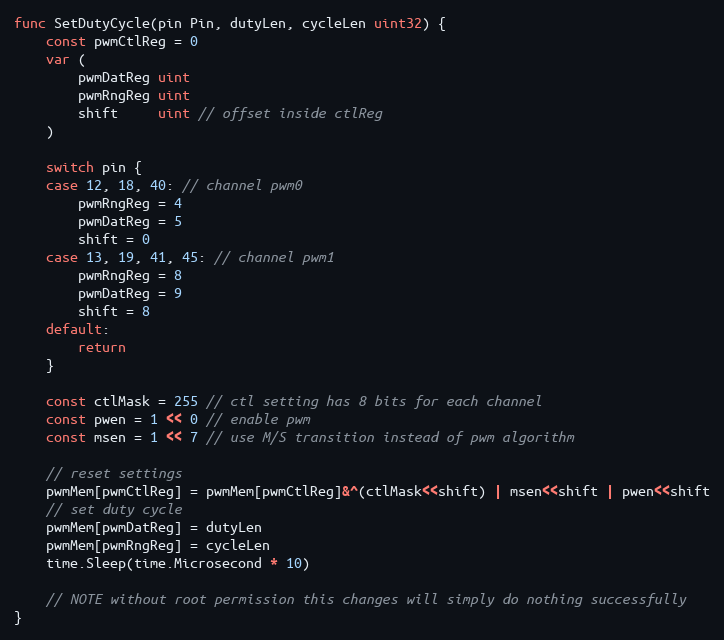
Language: Go
func SetDutyCycle(pin Pin, dutyLen, cycleLen uint32) {
	const pwmCtlReg = 0
	var (
		pwmDatReg uint
		pwmRngReg uint
		shift     uint // offset inside ctlReg
	)

	switch pin {
	case 12, 18, 40: // channel pwm0
		pwmRngReg = 4
		pwmDatReg = 5
		shift = 0
	case 13, 19, 41, 45: // channel pwm1
		pwmRngReg = 8
		pwmDatReg = 9
		shift = 8
	default:
		return
	}

	const ctlMask = 255 // ctl setting has 8 bits for each channel
	const pwen = 1 << 0 // enable pwm
	const msen = 1 << 7 // use M/S transition instead of pwm algorithm

	// reset settings
	pwmMem[pwmCtlReg] = pwmMem[pwmCtlReg]&^(ctlMask<<shift) | msen<<shift | pwen<<shift
	// set duty cycle
	pwmMem[pwmDatReg] = dutyLen
	pwmMem[pwmRngReg] = cycleLen
	time.Sleep(time.Microsecond * 10)

	// NOTE without root permission this changes will simply do nothing successfully
}